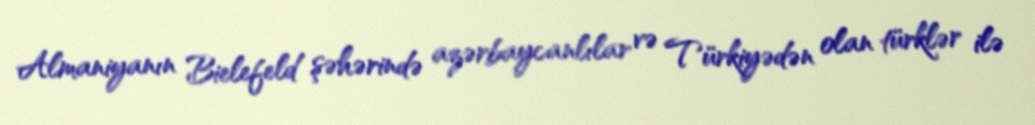
Almaniyanın Bielefeld şəhərində azərbaycanlılar və Türkiyədən olan türklər ilə